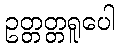
ဥတ္တတ္တရူပေါ